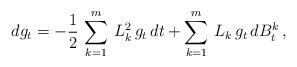
LaTeX: \begin{align*} dg_t=-\frac12\,\sum_{k=1}^m\,L_k^2\,g_t\,dt+\sum_{k=1}^m\,L_k\,g_t\,dB_t^k\,,\end{align*}